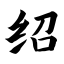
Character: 绍